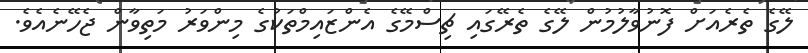
ލޭގެ ތެރެއަށް ފޮނުވާލުމުން ލޭގެ ތެރޭގައި ޗިސްމޭގެ އެންޒައިމްތަކުގެ މިންވަރު މަތިވާން ޖެހޭނެއެވެ.